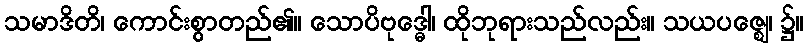
သမာဒိတိ၊ ကောင်းစွာတည်၏။ သောပိဗုဒ္ဓေါ၊ ထိုဘုရားသည်လည်း။ သယပဇ္ဈေ၊ ၌။